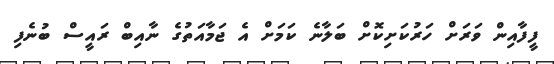
ފީފާއިން ވަރަށް ހަރުކަށިކޮށް ބަލާނެ ކަމަށް އެ ޖަމާއަތުގެ ނާއިބް ރައީސް ބުނެފި